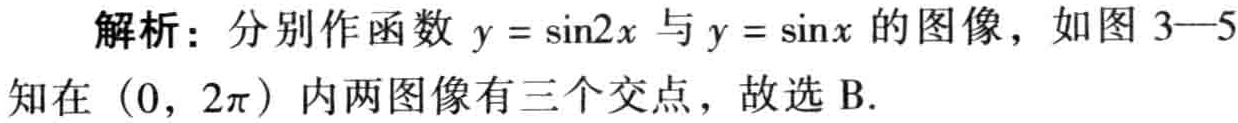
解析：分别作函数 \(y = \sin2x\) 与 \(y = \sin x\) 的图像，如图 3—5
知在 \((0, 2\pi)\) 内两图像有三个交点，故选 B.